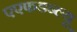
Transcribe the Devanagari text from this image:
एएफडब्ल्‍यू